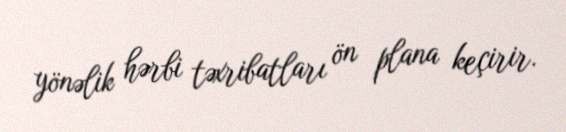
yönəlik hərbi təxribatları ön plana keçirir.